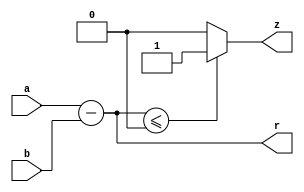
`timescale 1 ns/1 ns

/*
 * ALU 
 *
 * N = bit width
 *
 * a b = operands
 * r = result of substraction
 * z = high when result is zero
 *
 */
module ALU #(parameter P_DATA = 8)(a, b, r, z);

input [P_DATA-1:0] a;
input [P_DATA-1:0] b;

output [P_DATA-1:0] r;
output z;

assign r = $signed(a) - $signed(b);
assign z = ($signed($signed(a) - $signed(b)) <= 0) ? 1 : 0;

endmodule

`ifdef TEST
/*
 *
 * ALU Testbench
 *
 */
module tb_ALU;

localparam n = 8;

reg [n-1:0] a;
reg [n-1:0] b;
wire [n-1:0] r;
wire z;

ALU #(n) dut (a, b, r, z);

initial begin

    $dumpfile("trace_alu.vcd");
    $dumpvars(0, dut);

    a = 0;
    b = 0;

    #1;

    a = 4;
    b = 2;

    #1;

    a = 56;
    b = 98;

    #1;

    a = 45;
    b = 45;
    #1;

    a = 56;
    b = 45;
    #1;

end

endmodule
`endif